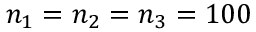
n _ { 1 } = n _ { 2 } = n _ { 3 } = 1 0 0